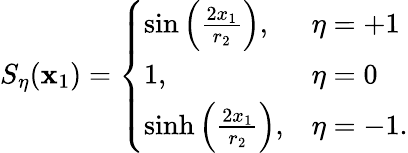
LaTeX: S_{\eta}(\mathbf{x}_{1})=\left\{ \begin{array}{ll}{{\sin\left({\frac{2x_{1}}{r_{2}}}\right),}}&{{\eta=+1}}\\ {{1,}}&{{\eta=0}}\\ {{\sinh\left({\frac{2x_{1}}{r_{2}}}\right),}}&{{\eta=-1.}}\end{array}\right.